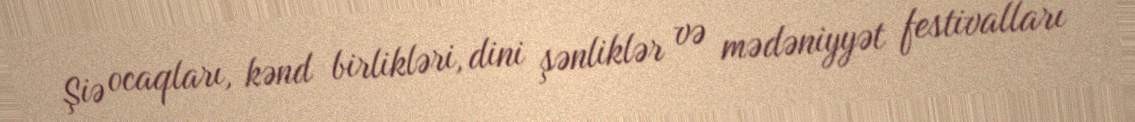
Şiə ocaqları, kənd birlikləri, dini şənliklər və mədəniyyət festivalları